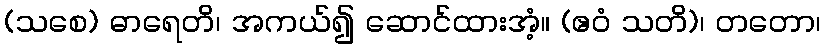
(သစေ) ဓာရေတိ၊ အကယ်၍ ဆောင်ထားအံ့။ (ဧဝံ သတိ)၊ တတော၊